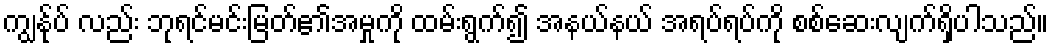
ကျွန်ုပ် လည်း ဘုရင်မင်းမြတ်၏အမှုကို ထမ်းရွက်၍ အနယ်နယ် အရပ်ရပ်ကို စစ်ဆေးလျက်ရှိပါသည်။